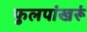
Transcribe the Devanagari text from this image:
फुलपांखरूं